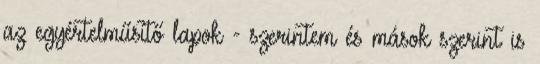
az egyértelműsítő lapok - szerintem és mások szerint is